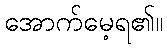
အောက်မေ့ရ၏။